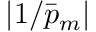
| 1 / \bar { p } _ { m } |